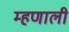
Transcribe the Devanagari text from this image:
म्‍हणाली